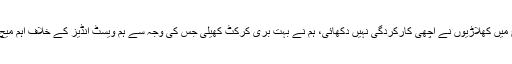
آخری میچ میں کھلاڑیوں نے اچھی کارکردگی نہیں دکھائی، ہم نے بہت بری کرکٹ کھیلی جس کی وجہ سے ہم ویسٹ انڈیز کے خلاف اہم میچ ہار گئے۔